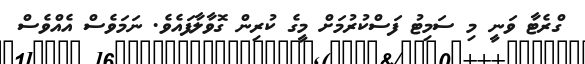
ގްރެޓާ ވަނީ މި ސަމިޓު ފަސްކުރުމަށް މީގެ ކުރިން ގޮވާލާފައެވެ. ނަމަވެސް އެއްވެސް